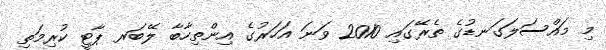
މި މައްސަލަގަނޑުގެ ތެރޭގައި 2010 ވަނަ އަހަރުގެ އިންތިހާބާ ލޭބަރ ޕާޓީ ކުރިމަތި